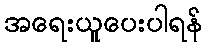
အရေးယူပေးပါရန်